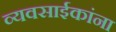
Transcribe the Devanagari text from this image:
व्यवसाईकांना